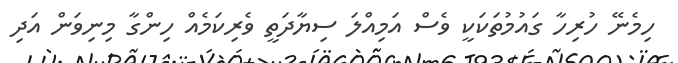
ހިމެނޭ ހުރިހާ ގައުމުތަކަކީ ވެސް އަމިއްލަ ސިޔާދަތީ ވެރިކަމެއް ހިންގާ މިނިވަން އަދި